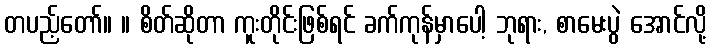
တပည့်တော်။ ။ စိတ်ဆိုတာ ကူးတိုင်းဖြစ်ရင် ခက်ကုန်မှာပေါ့ ဘုရား, စာမေးပွဲ အောင်လို့